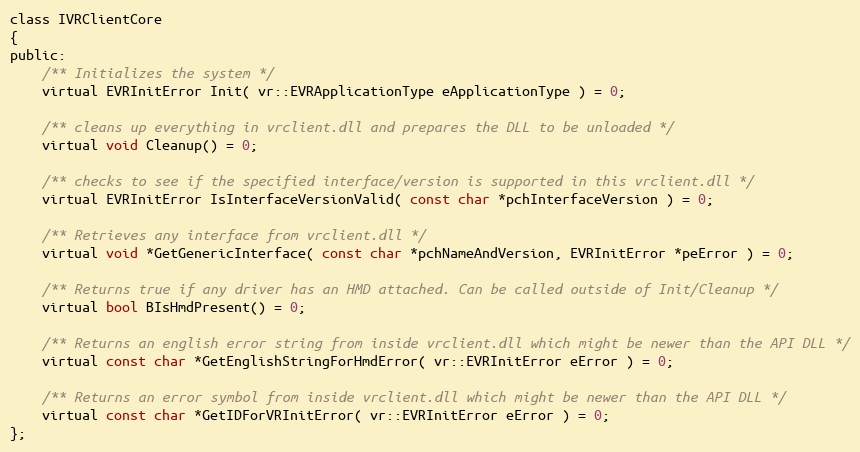
Language: C
class IVRClientCore
{
public:
	/** Initializes the system */
	virtual EVRInitError Init( vr::EVRApplicationType eApplicationType ) = 0;

	/** cleans up everything in vrclient.dll and prepares the DLL to be unloaded */
	virtual void Cleanup() = 0;

	/** checks to see if the specified interface/version is supported in this vrclient.dll */
	virtual EVRInitError IsInterfaceVersionValid( const char *pchInterfaceVersion ) = 0;

	/** Retrieves any interface from vrclient.dll */
	virtual void *GetGenericInterface( const char *pchNameAndVersion, EVRInitError *peError ) = 0;

	/** Returns true if any driver has an HMD attached. Can be called outside of Init/Cleanup */
	virtual bool BIsHmdPresent() = 0;

	/** Returns an english error string from inside vrclient.dll which might be newer than the API DLL */
	virtual const char *GetEnglishStringForHmdError( vr::EVRInitError eError ) = 0;

	/** Returns an error symbol from inside vrclient.dll which might be newer than the API DLL */
	virtual const char *GetIDForVRInitError( vr::EVRInitError eError ) = 0;
};